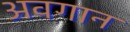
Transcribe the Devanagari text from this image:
अवगान